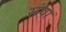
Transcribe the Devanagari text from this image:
संया